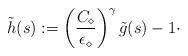
LaTeX: \begin{align*}\tilde{h}(s):= \left( \frac{C_{\diamond}}{\epsilon_{\diamond}} \right)^{\gamma} \tilde{g}(s) -1 \cdot\end{align*}